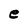
Character: e